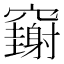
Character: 𥩄